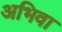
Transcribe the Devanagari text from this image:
अभिवा